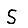
Digit: 5